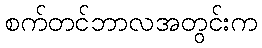
စက်တင်ဘာလအတွင်းက